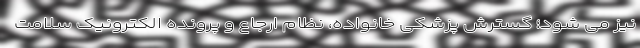
نیز می شود؛ گسترش پزشکی خانواده، نظام ارجاع و پرونده الکترونیک سلامت